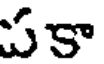
పకా